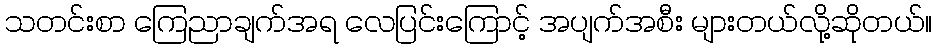
သတင်းစာ ကြေညာချက်အရ လေပြင်းကြောင့် အပျက်အစီး များတယ်လို့ဆိုတယ်။